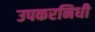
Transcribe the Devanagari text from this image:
उपकरनिधी